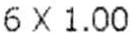
6 X 1.00